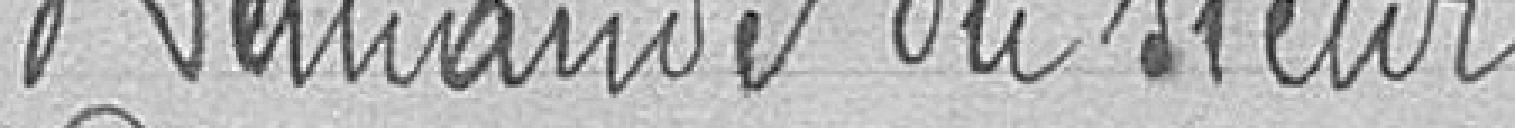
Demande du sieur